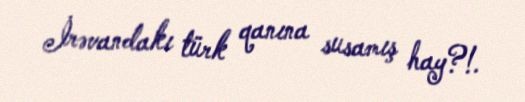
İrəvandakı türk qanına susamış hay?!.